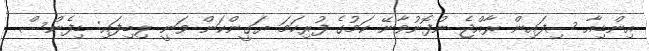
އިންޑިއާ ސިފައިން ރާއްޖެ ނުފޮނުވާނޭ ކަމުގެ ފުރިހަމަ ޔަގީންކަން ވަނީ ލިބިފައި: ޑިފެންސް